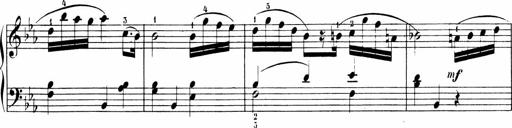
Title: 6 Sonatinas
Composer: Carl Reinecke